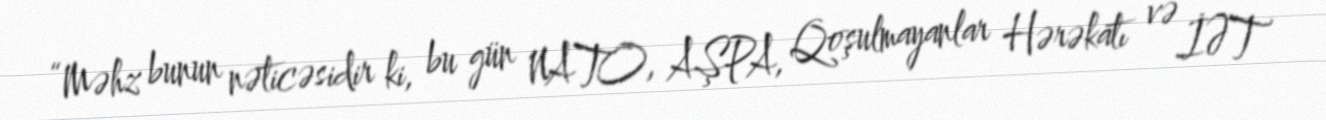
“Məhz bunun nəticəsidir ki, bu gün NATO, AŞPA, Qoşulmayanlar Hərəkatı və İƏT